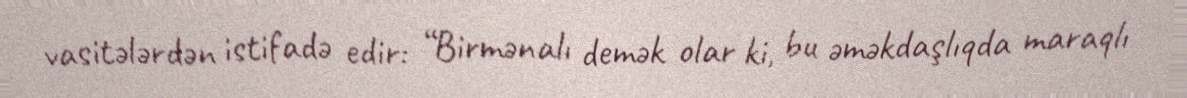
vasitələrdən istifadə edir: “Birmənalı demək olar ki, bu əməkdaşlıqda maraqlı